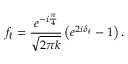
f _ { \ell } = \frac { e ^ { - i \frac { \pi } { 4 } } } { \sqrt { 2 \pi k } } \left( e ^ { 2 i \delta _ { \ell } } - 1 \right) . \nonumber